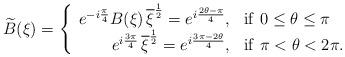
LaTeX: \begin{align*}\widetilde{B}(\xi)=\left\{\begin{array}{rl} e^{-i\frac{\pi}{4}}B(\xi)\,\overline{\xi}^{\frac{1}{2}}= e^{i\frac{2\theta-\pi}{4}}, & {\rm if\ } 0\le \theta\le\pi \\ e^{i\frac{3\pi}{4}}\,\overline{\xi}^{\frac{1}{2}} =e^{i\frac{3\pi-2\theta}{4}} , & {\rm if\ } \pi< \theta<2\pi.\end{array}\right.\end{align*}